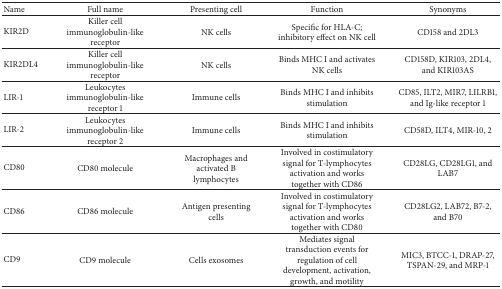
<table><thead><tr><td><b>Name </b></td><td><b>Full name</b></td><td><b>Presenting cell</b></td><td><b>Function</b></td><td><b>Synonyms</b></td></tr></thead><tbody><tr><td>KIR2D</td><td>Killer cell immunoglobulin-like receptor</td><td>NK cells</td><td>Specific for HLA-C; inhibitory effect on NK cell</td><td>CD158 and 2DL3</td></tr><tr><td>KIR2DL4</td><td>Killer cell immunoglobulin-like receptor</td><td>NK cells</td><td>Binds MHC I and activates NK cells</td><td>CD158D, KIR103, 2DL4, and KIR103AS</td></tr><tr><td>LIR-1 </td><td>Leukocytes immunoglobulin-like receptor 1</td><td>Immune cells</td><td>Binds MHC I and inhibits stimulation</td><td>CD85, ILT2, MIR7, LILRB1, and Ig-like receptor 1</td></tr><tr><td>LIR-2</td><td>Leukocytes immunoglobulin-like receptor 2</td><td>Immune cells</td><td>Binds MHC I and inhibits stimulation</td><td>CD58D, ILT4, MIR-10, 2</td></tr><tr><td>CD80 </td><td>CD80 molecule</td><td>Macrophages and activated B lymphocytes</td><td>Involved in costimulatory signal for T-lymphocytes activation and works together with CD86</td><td>CD28LG, CD28LG1, and LAB7</td></tr><tr><td>CD86</td><td>CD86 molecule</td><td>Antigen presenting cells</td><td>Involved in costimulatory signal for T-lymphocytes activation and works together with CD80</td><td>CD28LG2, LAB72, B7-2, and B70</td></tr><tr><td>CD9</td><td>CD9 molecule</td><td>Cells exosomes </td><td>Mediates signal transduction events for regulation of cell development, activation, growth, and motility</td><td>MIC3, BTCC-1, DRAP-27, TSPAN-29, and MRP-1</td></tr></tbody></table>